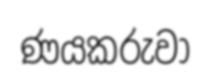
ණයකරුවා